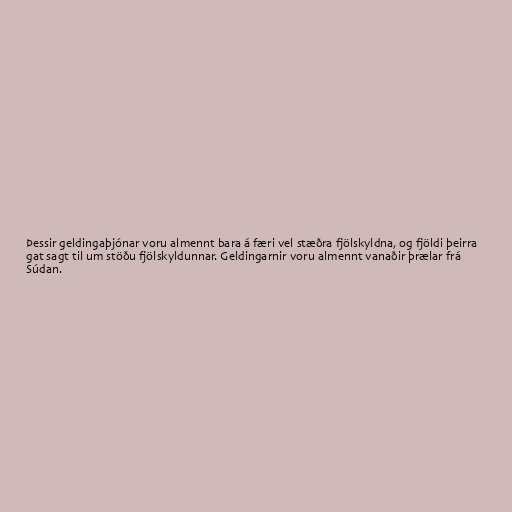
Þessir geldingaþjónar voru almennt bara á færi vel stæðra fjölskyldna, og fjöldi þeirra
gat sagt til um stöðu fjölskyldunnar. Geldingarnir voru almennt vanaðir þrælar frá
Súdan.